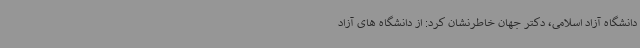
دانشگاه آزاد اسلامی، دکتر جهان خاطرنشان کرد: از دانشگاه های آزاد